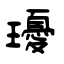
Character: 瓇